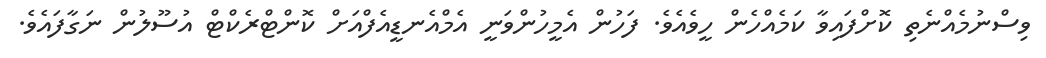
ވިސްނުމެއްނެތި ކޮށްފައިވާ ކަމެއްހެން ހީވެއެވެ. ފަހުން އެމީހުންވަނީ އެމްއެނޑީއެފްއަށް ކޮންޓްރެކްޓް އުސޫލުން ނަގާފައެވެ.